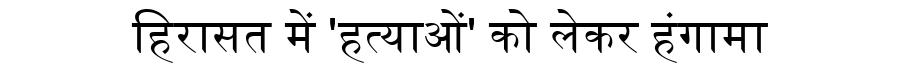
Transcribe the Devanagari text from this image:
हिरासत में 'हत्याओं' को लेकर हंगामा